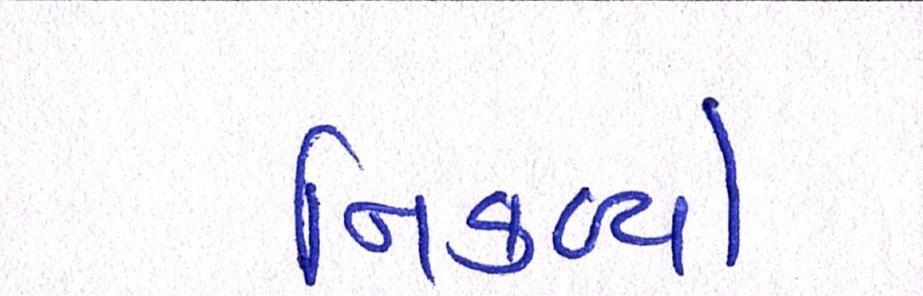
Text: નિકળ્યો